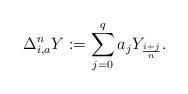
LaTeX: \begin{align*}\Delta_{i,a}^n Y := \sum_{j=0}^q a_j Y_{\frac{i+j}{n}}.\end{align*}